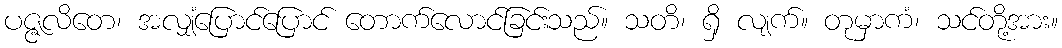
ပဇ္ဇလိတေ၊ အလျှံပြောင်ပြောင် တောက်လောင်ခြင်းသည်။ သတိ၊ ရှိ လျက်။ တုမှာကံ၊ သင်တို့အား။